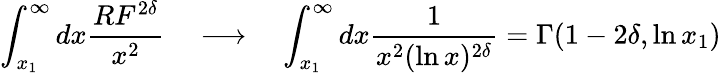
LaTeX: \int_{x_{1}}^{\infty}dx\frac{RF^{2\delta}}{x^{2}}\quad\longrightarrow\quad\int_{x_{1}}^{\infty}dx\frac{1}{x^{2}(\ln x)^{2\delta}}=\Gamma(1-2\delta,\ln x_{1})